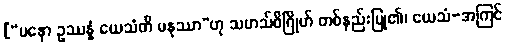
[“မနော ဥဿန္နံ ယေသံတိ မနုဿာ”ဟု သမာသ်ဝိဂြိုဟ် တစ်နည်းပြု၏၊ ယေသံ-အကြင်